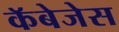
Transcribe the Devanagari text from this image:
कॅबेजेस